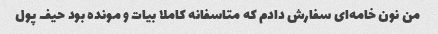
من نون خامه‌ای سفارش دادم که متاسفانه کاملا بیات و مونده بود حیف پول